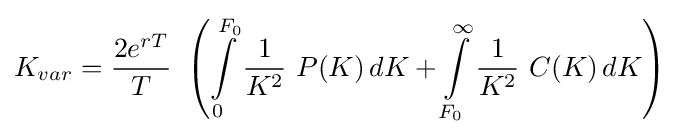
K_{var}={\frac {2e^{rT}}{T}}\ \left(\int \limits _{0}^{F_{0}}{\frac {1}{K^{2}}}\ P(K)\,dK+\int \limits _{F_{0}}^{\infty }{\frac {1}{K^{2}}}\ C(K)\,dK\right)